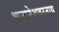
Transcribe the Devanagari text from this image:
भुब्वनेशवरनाथ